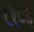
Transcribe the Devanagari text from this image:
८१०३